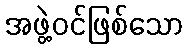
အဖွဲ့ဝင်ဖြစ်သော